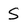
Character: S